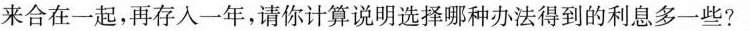
来合在一起，再存入一年，请你计算说明选择哪种办法得到的利息多一些?